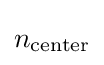
n_{\text{center}}